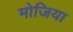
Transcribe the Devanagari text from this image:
मोजिया